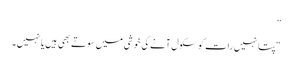
”
“پتا نہیں رات کو سکول آنے کی خوشی میں سوتے بھی ہیں یا نہیں۔